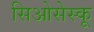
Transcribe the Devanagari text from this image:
सिओसेस्कू